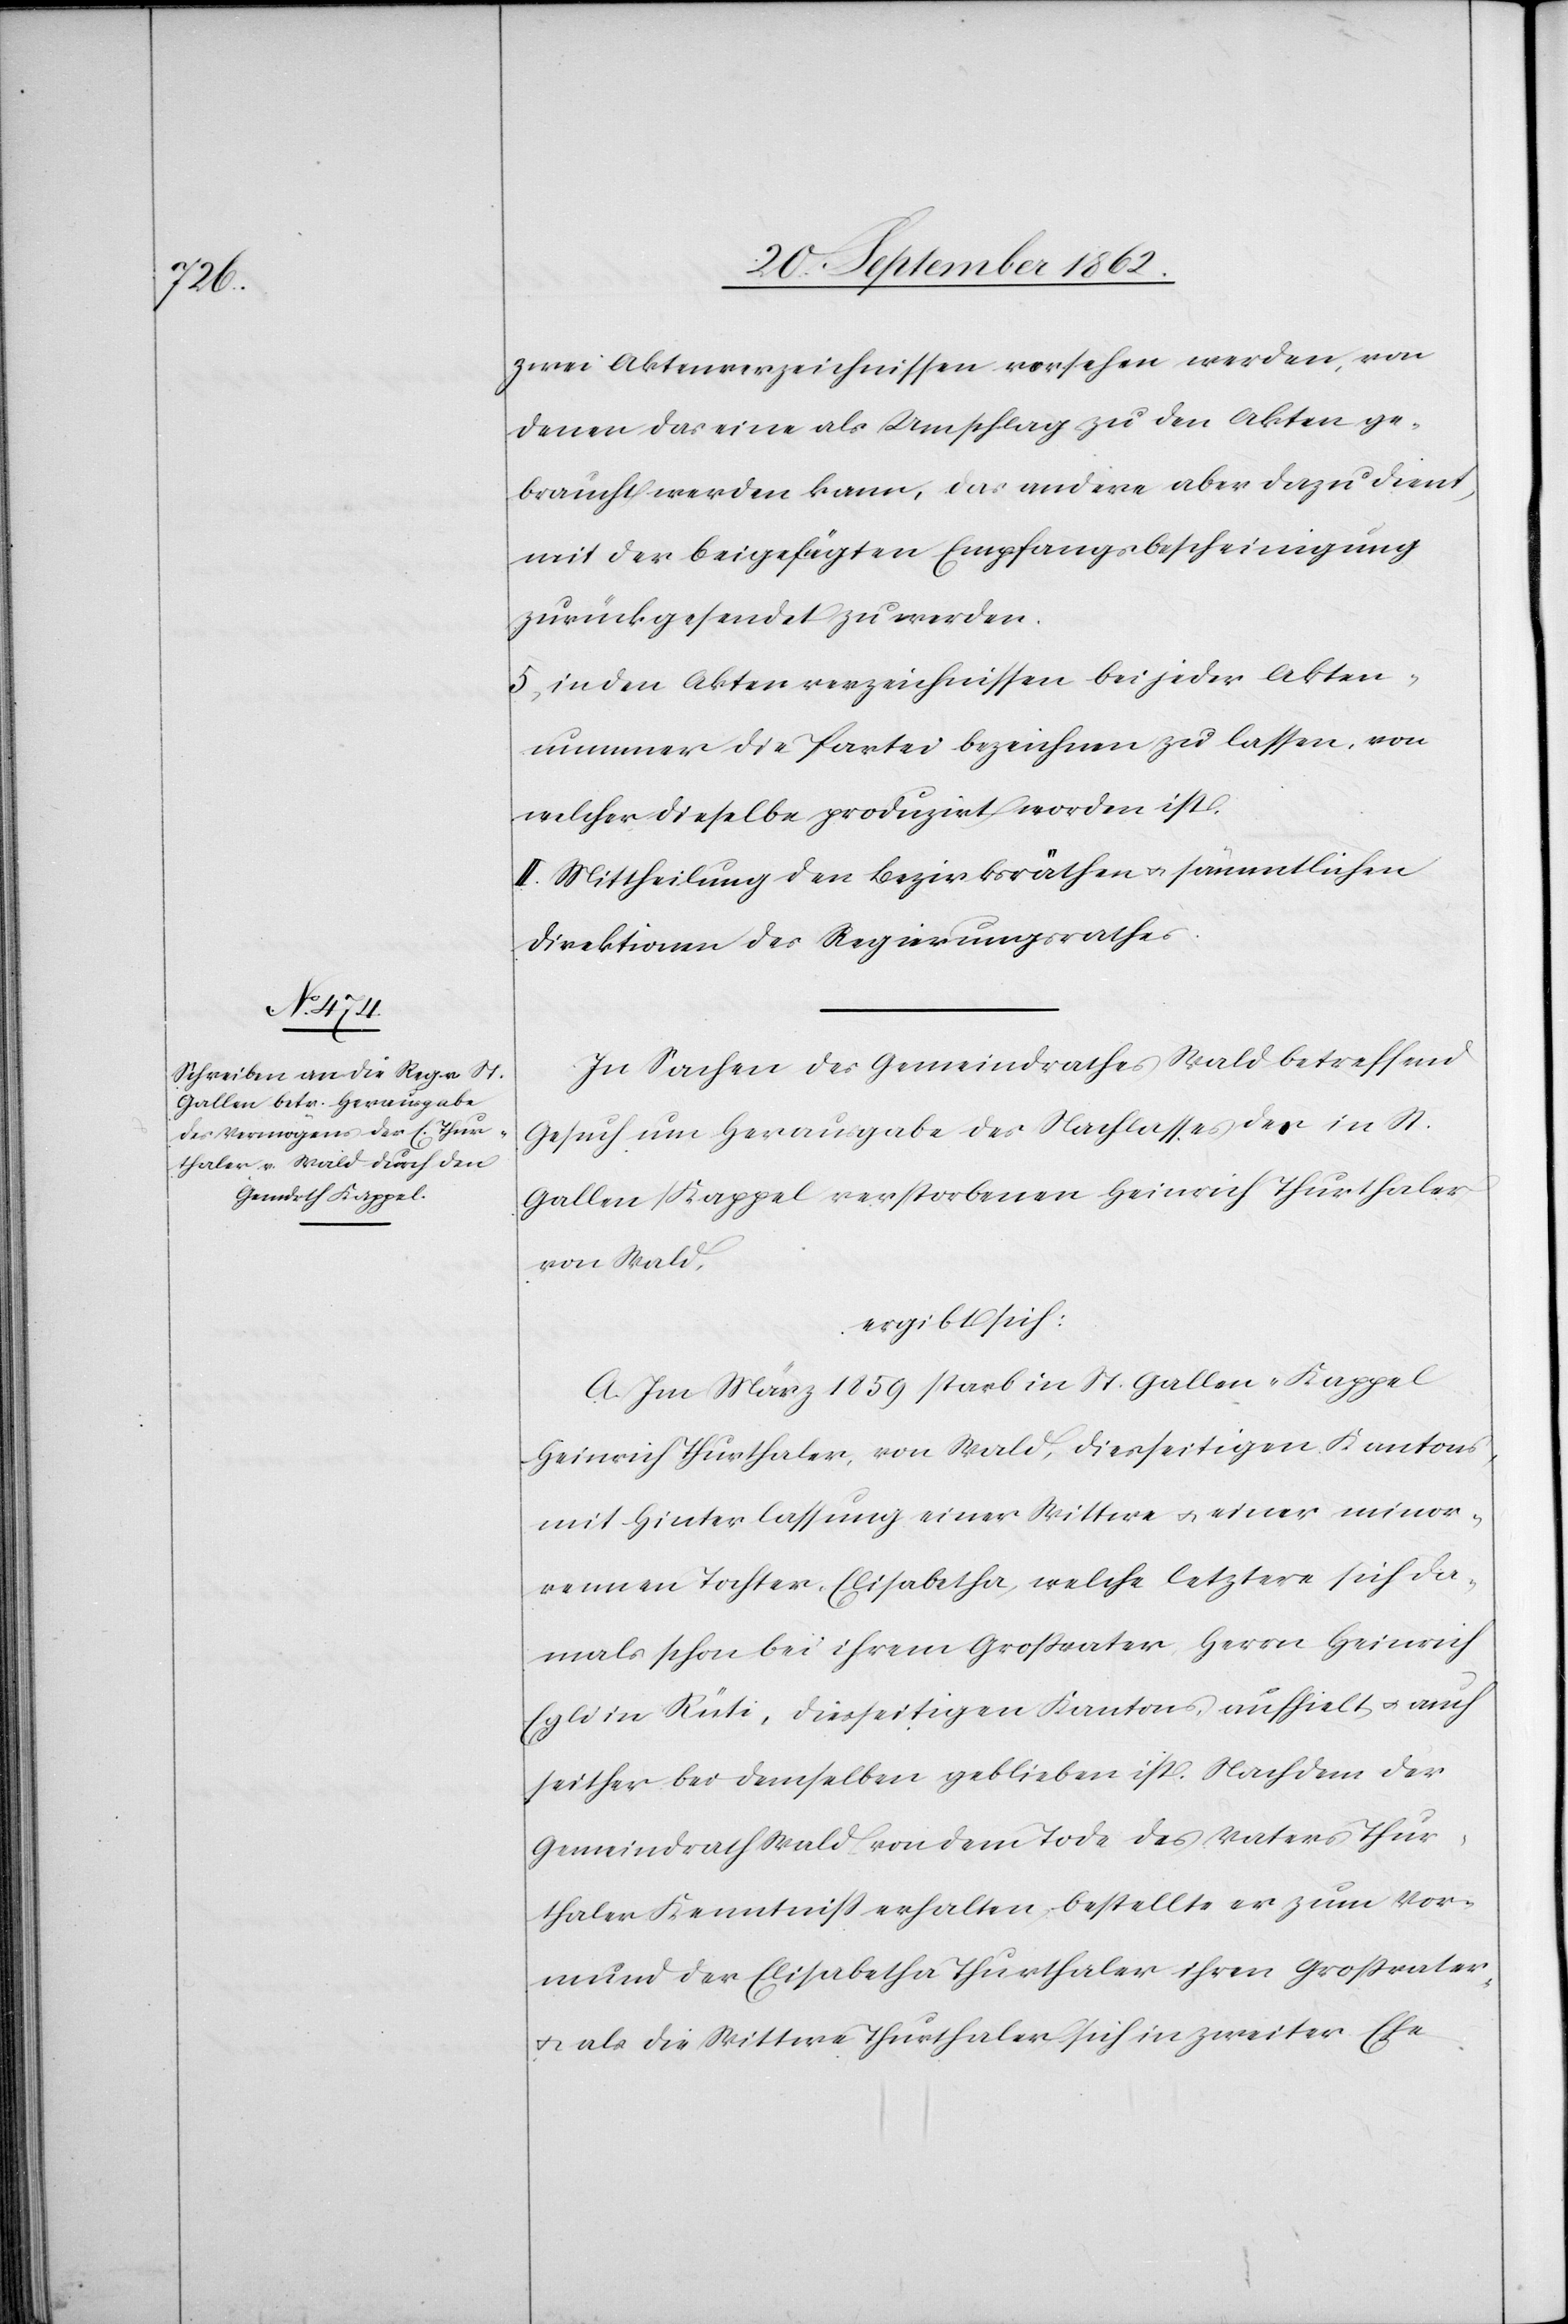
zwei Aktenverzeichnissen versehen werden, von
denen das eine als Umschlag zu den Akten ge¬
braucht werden kann, das andere aber dazu dient,
mit der beigefügten Empfangsbescheinigung
zurückgesendet zu werden.
5. in den Aktenverzeichnissen bei jeder Akten¬
nummer die Partei bezeichnen zu lassen, von
welcher dieselbe produzirt worden ist.
II. Mittheilung den Bezirksräthen u. sämmtlichen
Direktionen des Regierungsrathes.
In Sachen des Gemeindrathes Wald betreffend
Gesuch um Herausgabe des Nachlasses des in St.
Gallen/Kappel verstorbenen Heinrich Thurthaler
von Wald,
ergibt sich:
A. Im März 1859 starb in St. Gallen-Kappel
Heinrich Thurthaler, von Wald, diesseitigen Kantons,
mit Hinterlassung einer Wittwe u. einer minor¬
ennen Tochter, Elisabetha, welche letztere sich da¬
mals schon bei ihrem Großvater Herrn Heinrich
Egli in Rüti, diesseitigen Kantons, aufhielt u. auch
seither bei demselben geblieben ist. Nachdem der
Gemeindrath Wald von dem Tode des Vaters Thur¬
thaler Kenntniß erhalten, bestellte er zum Vor¬
mund der Elisabetha Thurthaler ihren Großvater,
u. als die Wittwe Thurthaler sich in zweiter Ehe